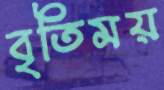
বৃতিময়